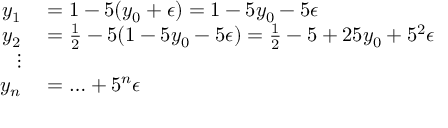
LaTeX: \begin{array} { r l } { y _ { 1 } } & { { } = 1 - 5 ( y _ { 0 } + \epsilon ) = 1 - 5 y _ { 0 } - 5 \epsilon } \\ { y _ { 2 } } & { { } = { \frac { 1 } { 2 } } - 5 ( 1 - 5 y _ { 0 } - 5 \epsilon ) = { \frac { 1 } { 2 } } - 5 + 2 5 y _ { 0 } + 5 ^ { 2 } \epsilon } \\ { \vdots } \\ { y _ { n } } & { { } = \ldots + 5 ^ { n } \epsilon } \end{array}